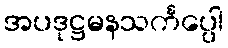
အပဒုဋ္ဌမနသင်္ကပ္ပေါ